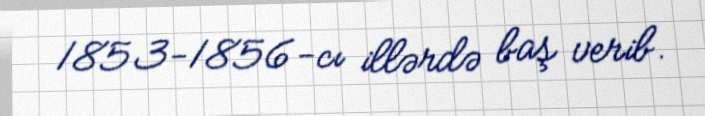
1853-1856-cı illərdə baş verib.